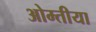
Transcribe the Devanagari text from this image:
ओम्तीया